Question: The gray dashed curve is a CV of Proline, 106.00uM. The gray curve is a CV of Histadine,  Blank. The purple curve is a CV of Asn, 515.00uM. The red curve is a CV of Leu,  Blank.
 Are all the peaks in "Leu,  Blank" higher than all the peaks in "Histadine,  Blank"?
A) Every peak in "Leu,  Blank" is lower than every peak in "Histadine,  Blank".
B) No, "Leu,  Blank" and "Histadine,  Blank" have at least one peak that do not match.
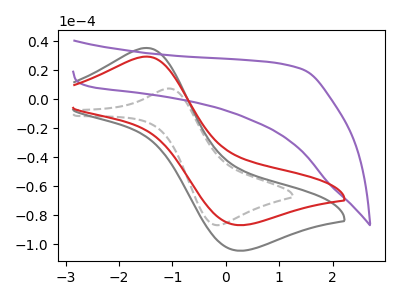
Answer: <think>The gray dashed curve "Proline, 106.00uM" has an anodic peak at (-1.05V, 7.30uA) and a cathodic peak at (-0.15V, -86.80uA). The gray curve "Histadine,  Blank" has an anodic peak at (-1.50V, 35.25uA) and a cathodic peak at (0.20V, -104.30uA). The purple curve "Asn, 515.00uM" has no peaks. The red curve "Leu,  Blank" has an anodic peak at (-1.50V, 29.30uA) and a cathodic peak at (0.20V, -86.70uA).</think>
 <answer>A) Every peak in "Leu,  Blank" is lower than every peak in "Histadine,  Blank".</answer>
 <eval>A</eval>